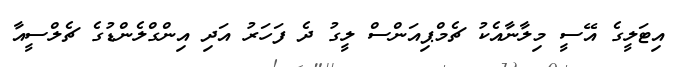
އިޓަލީގެ އޭސީ މިލާނާއެކު ޗެމްޕިއަންސް ލީގު ދެ ފަހަރު އަދި އިންގްލެންޑުގެ ޗެލްސީއާ